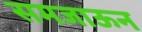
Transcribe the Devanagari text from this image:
समजाऊन